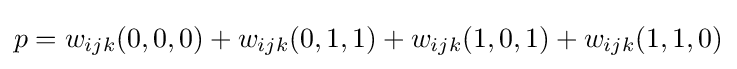
p=w_{ijk}(0,0,0)+w_{ijk}(0,1,1)+w_{ijk}(1,0,1)+w_{ijk}(1,1,0)